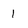
Character: 1